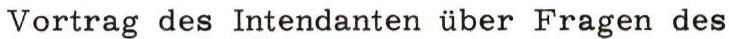
Vortrag des Intendanten über Fragen des